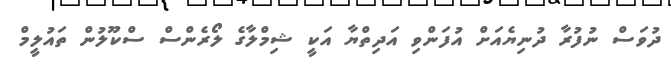
ދުވަސް ނުފުރާ ދުނިޔެއަށް އުފަންވި އަދިތްޔާ އަކީ ޝިމްލާގެ ލޯރެންސް ސްކޫލުން ތައުލީމް